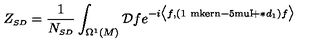
Z _ { \scriptscriptstyle S D } = \frac { 1 } { N _ { \scriptscriptstyle S D } } \int _ { \Omega ^ { \scriptscriptstyle 1 } ( M ) } \mathcal { D } f e ^ { - i \bigl \langle f , ( \mathrm { 1 \ m k e r n - 5 m u I \! } + \ast d _ { \scriptscriptstyle 1 } ) f \bigr \rangle }